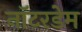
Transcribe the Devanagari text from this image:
नॉटरडेम